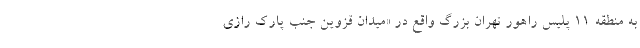
به منطقه ۱۱ پلیس راهور تهران بزرگ واقع در «میدان قزوین جنب پارک رازی